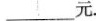
___元.